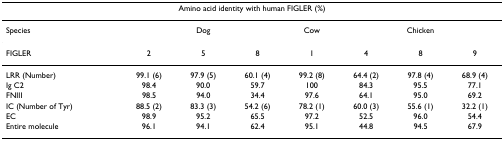
| <COLSPAN=8> Amino acid identity with human FIGLER (%) |
 | --- | --- | --- | --- | --- | --- | --- | --- |
 | Species | <COLSPAN=3> Dog | Cow | <COLSPAN=3> Chicken |
 | FIGLER | 2 | 5 | 8 | 1 | 4 | 8 | 9 |
 | LRR (Number) | 99.1 (6) | 97.9 (5) | 60.1 (4) | 99.2 (8) | 64.4 (2) | 97.8 (4) | 68.9 (4) |
 | Ig C2 | 98.4 | 90.0 | 59.7 | 100 | 84.3 | 95.5 | 77.1 |
 | FNIII | 98.5 | 94.0 | 34.4 | 97.6 | 64.1 | 95.0 | 69.2 |
 | IC (Number of Tyr) | 88.5 (2) | 83.3 (3) | 54.2 (6) | 78.2 (1) | 60.0 (3) | 55.6 (1) | 32.2 (1) |
 | EC | 98.9 | 95.2 | 65.5 | 97.2 | 52.5 | 96.0 | 54.4 |
 | Entire molecule | 96.1 | 94.1 | 62.4 | 95.1 | 44.8 | 94.5 | 67.9 |